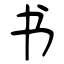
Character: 书